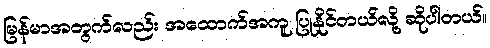
မြန်မာအတွက်လည်း အထောက်အကူ ပြုနိုင်တယ်လို့ ဆိုပါတယ်။